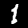
Digit: 1